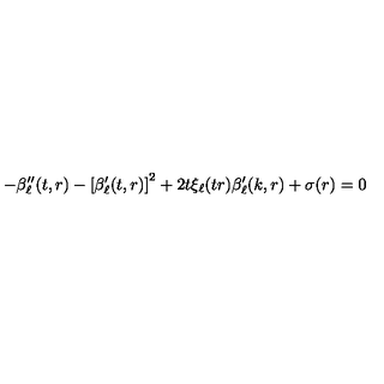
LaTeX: - \beta _ { \ell } ^ { \prime \prime } ( t , r ) - \left[ \beta _ { \ell } ^ { \prime } ( t , r ) \right] ^ { 2 } + 2 t \xi _ { \ell } ( t r ) \beta _ { \ell } ^ { \prime } ( k , r ) + \sigma ( r ) = 0